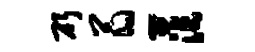
斫翁茫